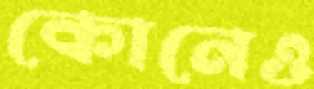
কোনেও